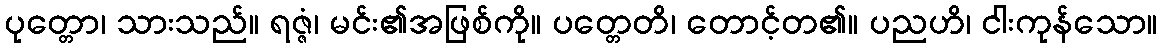
ပုတ္တော၊ သားသည်။ ရဇ္ဇံ၊ မင်း၏အဖြစ်ကို။ ပတ္တေတိ၊ တောင့်တ၏။ ပညဟိ၊ ငါးကုန်သော။